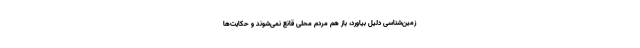
زمین‌شناسی دلیل بیاورد، باز هم مردم محلی قانع نمی‌شوند و حکایت‌ها